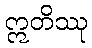
ဣတိဿု